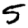
Digit: 5